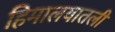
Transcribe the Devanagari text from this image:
हिमालयातली